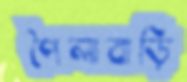
পৈলাবাড়ি